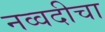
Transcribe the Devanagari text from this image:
नव्वदीचा